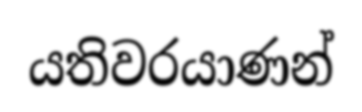
යතිවරයාණන්